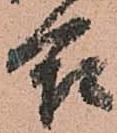
合